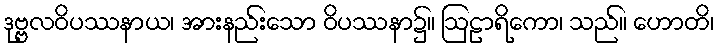
ဒုဗ္ဗလဝိပဿနာယ၊ အားနည်းသော ဝိပဿနာ၌။ ဩဠာရိကော၊ သည်။ ဟောတိ၊